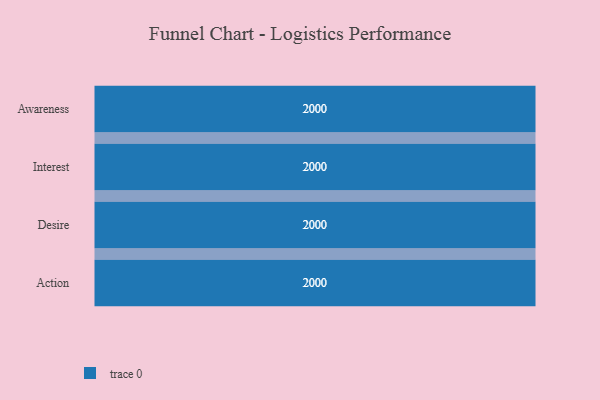
{"axis": {"x": "Stage", "y": "Value"}, "legend": [""], "data": [{"x": "Awareness", "y": 2000, "type": ""}, {"x": "Interest", "y": 2000, "type": ""}, {"x": "Desire", "y": 2000, "type": ""}, {"x": "Action", "y": 2000, "type": ""}]}